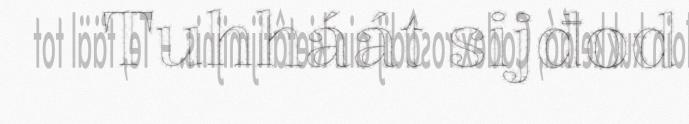
Tuhháát sijđod